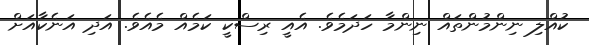
ކުއްލި ނިންމުންތައް ނިންމާ ހަދަމެވެ. އެއީ ރިސްކީ ކަމެއް މެއެވެ. އަދި އަނެކާއަށް